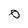
Character: 0